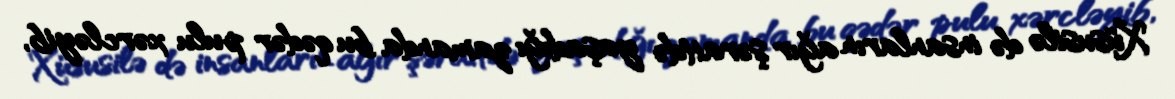
Xüsusilə də insanların ağır şəraitdə yaşadığı zamanda bu qədər pulu xərcləyib,